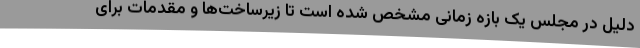
دلیل در مجلس یک بازه زمانی مشخص شده است تا زیرساخت‌ها و مقدمات برای